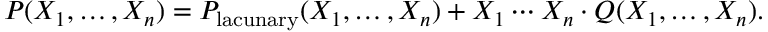
P ( X _ { 1 } , \ldots , X _ { n } ) = P _ { \mathrm { l a c u n a r y } } ( X _ { 1 } , \ldots , X _ { n } ) + X _ { 1 } \cdots X _ { n } \cdot Q ( X _ { 1 } , \ldots , X _ { n } ) .